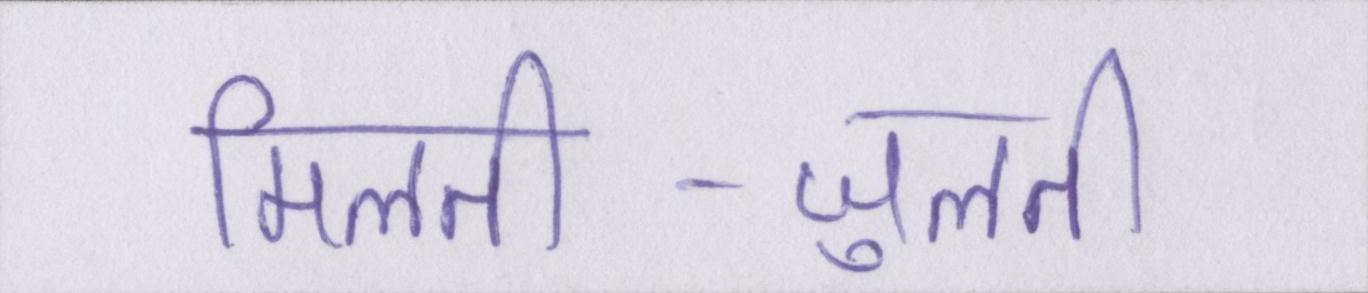
मिलती-जुलती